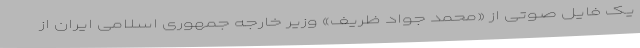
یک فایل صوتی از «محمد جواد ظریف» وزیر خارجه جمهوری اسلامی ایران از